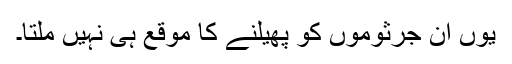
یوں ان جرثوموں کو پھیلنے کا موقع ہی نہیں ملتا۔